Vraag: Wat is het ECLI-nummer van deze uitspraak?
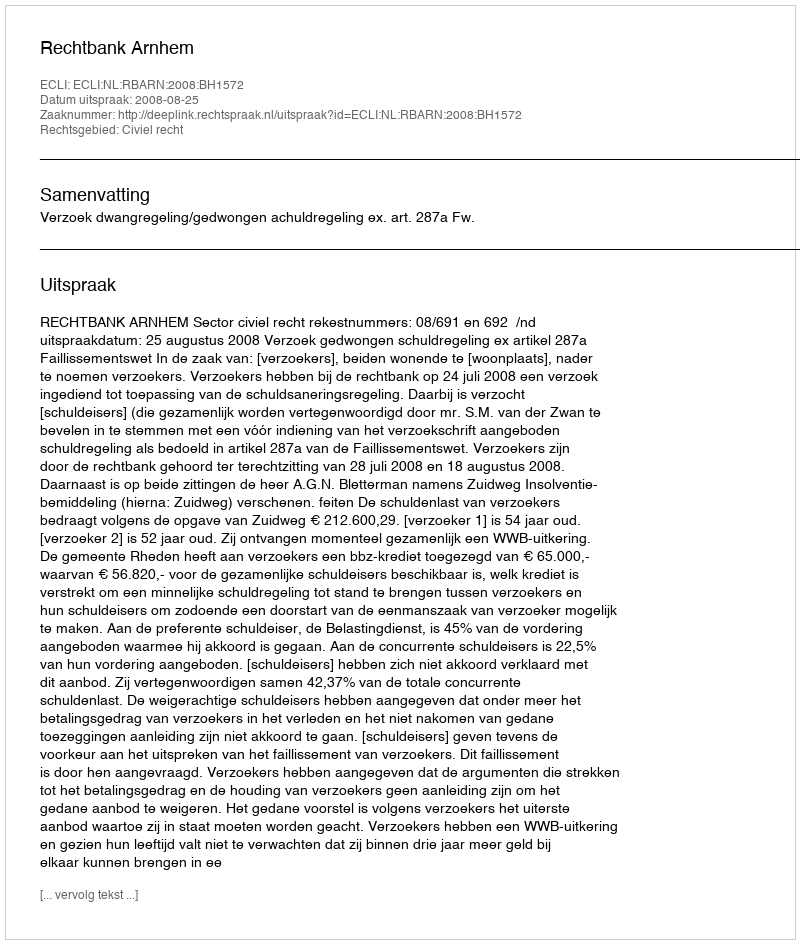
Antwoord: ECLI:NL:RBARN:2008:BH1572